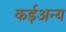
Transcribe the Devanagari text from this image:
कईअन्य